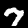
Digit: 7